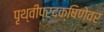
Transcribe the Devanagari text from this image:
पृथ्वीप्रदक्षिणेवर